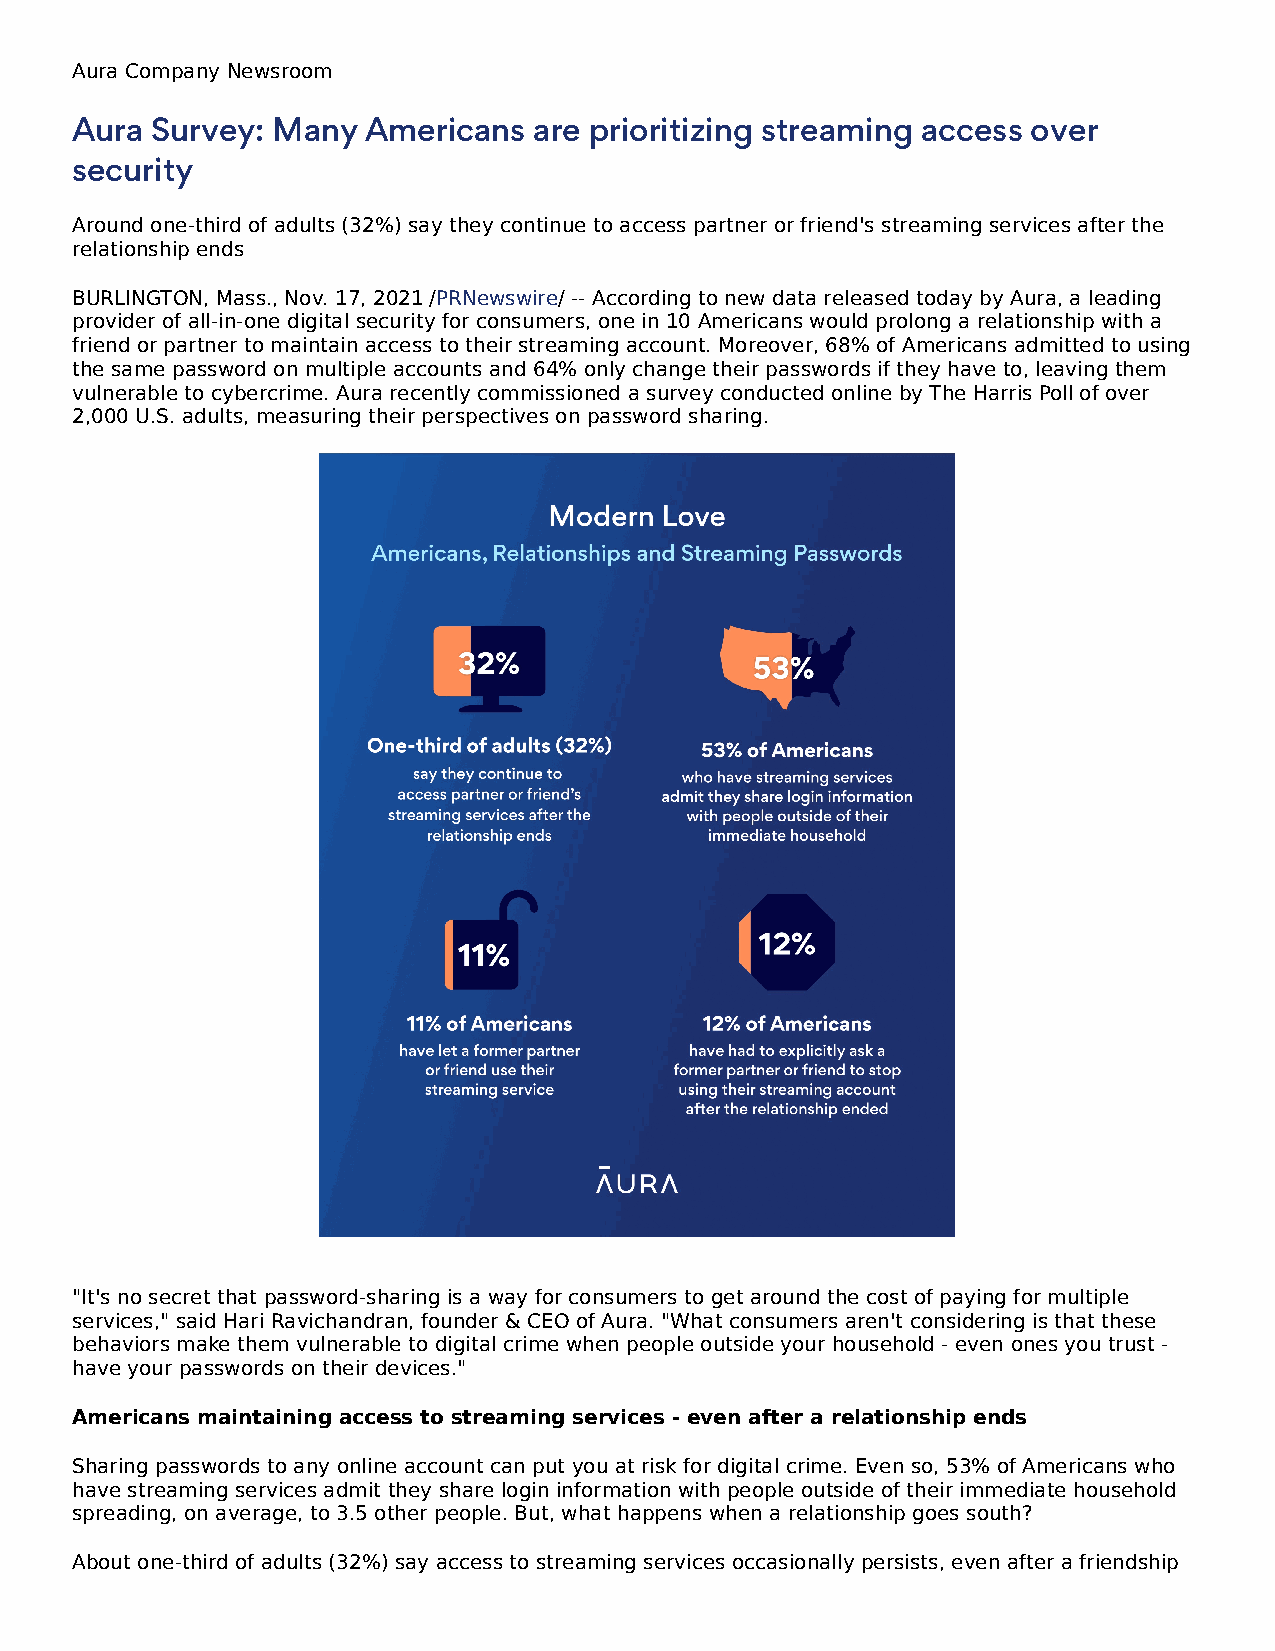
Aura Company Newsroom
 Aura Survey: Many  Americans  are prioritizing streaming access over
 security
 Around one-third of adults (32%) say they continue to access partner or friend's streaming services after the
 relationship ends
 BURLINGTON, Mass., Nov. 17, 2021 /PRNewswire/ -- According to new data released today by Aura, a leading
 provider of all-in-one digital security for consumers, one in 10 Americans would prolong a relationship with a
 friend or partner to maintain access to their streaming account. Moreover, 68% of Americans admitted to using
 the same password on multiple accounts and 64% only change their passwords if they have to, leaving them
 vulnerable to cybercrime. Aura recently commissioned a survey conducted online by The Harris Poll of over
 2,000 U.S. adults, measuring their perspectives on password sharing.
 "It's no secret that password-sharing is a way for consumers to get around the cost of paying for multiple
 services," said Hari Ravichandran, founder & CEO of Aura. "What consumers aren't considering is that these
 behaviors make them vulnerable to digital crime when people outside your household - even ones you trust -
 have your passwords on their devices."
 Americans maintaining access to streaming services - even after a relationship ends
 Sharing passwords to any online account can put you at risk for digital crime. Even so, 53% of Americans who
 have streaming services admit they share login information with people outside of their immediate household
 spreading, on average, to 3.5 other people. But, what happens when a relationship goes south?
 About one-third of adults (32%) say access to streaming services occasionally persists, even after a friendship